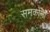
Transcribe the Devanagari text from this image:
समकोणों